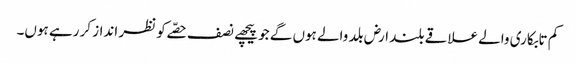
کم تابکاری والے علاقے بلند ارض بلد والے ہوں گے جو پیچھے نصف حصّے کو نظر انداز کر رہے ہوں۔